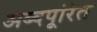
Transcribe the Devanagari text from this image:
अब्दपूरित